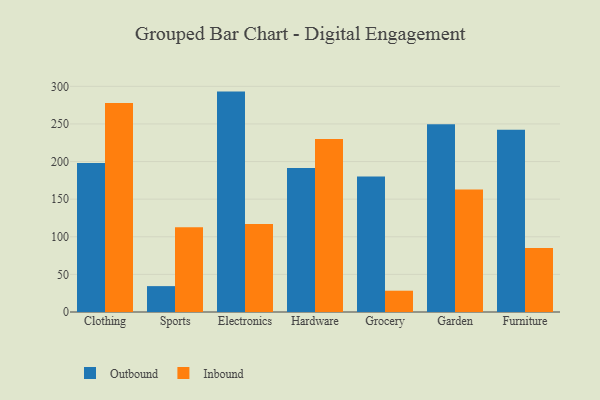
{"axis": {"x": "Category", "y": "Backlog"}, "legend": ["Inbound", "Outbound"], "data": [{"x": "Clothing", "y": 198.0, "type": "Outbound"}, {"x": "Clothing", "y": 277.9, "type": "Inbound"}, {"x": "Sports", "y": 34.4, "type": "Outbound"}, {"x": "Sports", "y": 112.8, "type": "Inbound"}, {"x": "Electronics", "y": 293.0, "type": "Outbound"}, {"x": "Electronics", "y": 116.9, "type": "Inbound"}, {"x": "Hardware", "y": 191.5, "type": "Outbound"}, {"x": "Hardware", "y": 230.0, "type": "Inbound"}, {"x": "Grocery", "y": 180.0, "type": "Outbound"}, {"x": "Grocery", "y": 28.3, "type": "Inbound"}, {"x": "Garden", "y": 249.6, "type": "Outbound"}, {"x": "Garden", "y": 162.9, "type": "Inbound"}, {"x": "Furniture", "y": 242.4, "type": "Outbound"}, {"x": "Furniture", "y": 85.2, "type": "Inbound"}]}